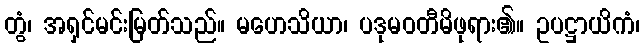
တွံ၊ အရှင်မင်းမြတ်သည်။ မဟေသိယာ၊ ပဒုမဝတီမိဖုရား၏။ ဥပဋ္ဌာယိကံ၊